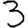
Digit: 3